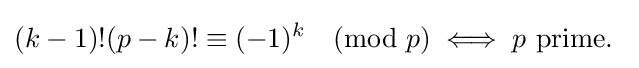
(k-1)!(p-k)!\equiv (-1)^{k}{\pmod {p}}\iff p{\text{ prime. }}